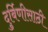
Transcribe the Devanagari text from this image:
दुर्बिणीसाठी